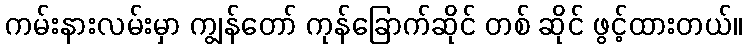
ကမ်းနားလမ်းမှာ ကျွန်တော် ကုန်ခြောက်ဆိုင် တစ် ဆိုင် ဖွင့်ထားတယ်။